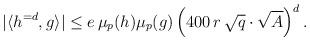
LaTeX: \begin{align*} | \langle h^{= d}, g \rangle | \leq e \, \mu_{p}(h) \mu_{p}(g) \left( 400 \, r \, \sqrt{q} \cdot \sqrt{A} \right)^{d} . \end{align*}